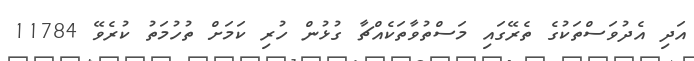
އަދި އެދުވަސްތަކުގެ ތެރޭގައި މަސްތުވާތަކެއްޗާ ގުޅުން ހުރި ކަމަށް ތުހުމަތު ކުރެވޭ 11784